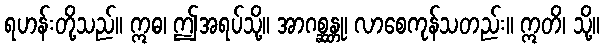
ရဟန်းတို့သည်။ ဣဓ၊ ဤအရပ်သို့။ အာဂစ္ဆန္တု၊ လာစေကုန်သတည်း။ ဣတိ၊ သို့။